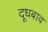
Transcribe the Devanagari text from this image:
दूधबाव